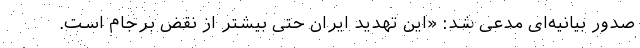
صدور بیانیه‌ای مدعی شد:‌ «این تهدید ایران حتی بیشتر از نقض برجام است.